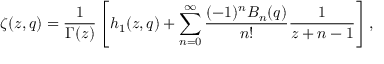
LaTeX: \zeta ( z , q ) = \frac 1 { \Gamma ( z ) } \left[ h _ { 1 } ( z , q ) + \sum _ { n = 0 } ^ { \infty } \frac { ( - 1 ) ^ { n } B _ { n } ( q ) } { n ! } \frac 1 { z + n - 1 } \right] ,